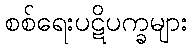
စစ်ရေးပဋိပက္ခများ